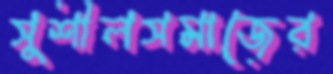
সুশীলসমাজের